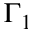
\Gamma _ { 1 }